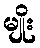
မျိုး